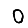
Digit: 0